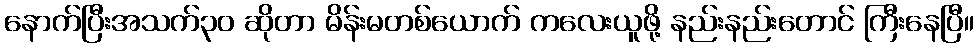
နောက်ပြီးအသက်၃၀ ဆိုတာ မိန်းမတစ်ယောက် ကလေးယူဖို့ နည်းနည်းတောင် ကြီးနေပြီ။